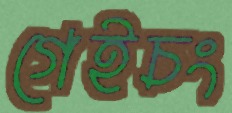
গেইচং